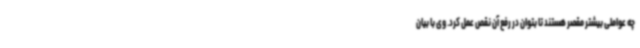
چه عواملی بیشتر مقصر هستند تا بتوان در رفع آن نقص عمل کرد. وی با بیان